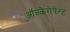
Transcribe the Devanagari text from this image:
ऑल्केगेपेन्ट